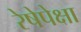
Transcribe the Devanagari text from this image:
रेषेपेक्षा